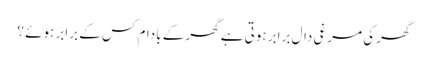
گھر کی مرغی دال برابر ہوتی ہے گھر کے بادام کس کے برابر ہوئے ؟